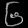
Digit: ၆